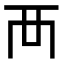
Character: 襾